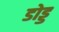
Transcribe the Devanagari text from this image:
डोड्ड